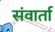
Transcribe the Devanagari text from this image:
संवार्ता